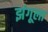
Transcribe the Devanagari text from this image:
झंगूला